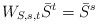
\begin{align*} W_{S,s,t}\bar{S}^{t}=\bar{S}^{s}\end{align*}